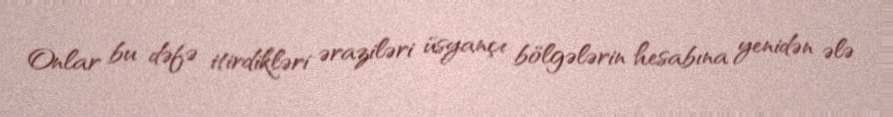
Onlar bu dəfə itirdikləri əraziləri üsyançı bölgələrin hesabına yenidən ələ